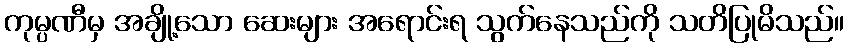
ကုမ္ပဏီမှ အချို့သော ဆေးများ အရောင်းရ သွက်နေသည်ကို သတိပြုမိသည်။